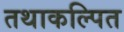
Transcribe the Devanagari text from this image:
तथाकल्पित